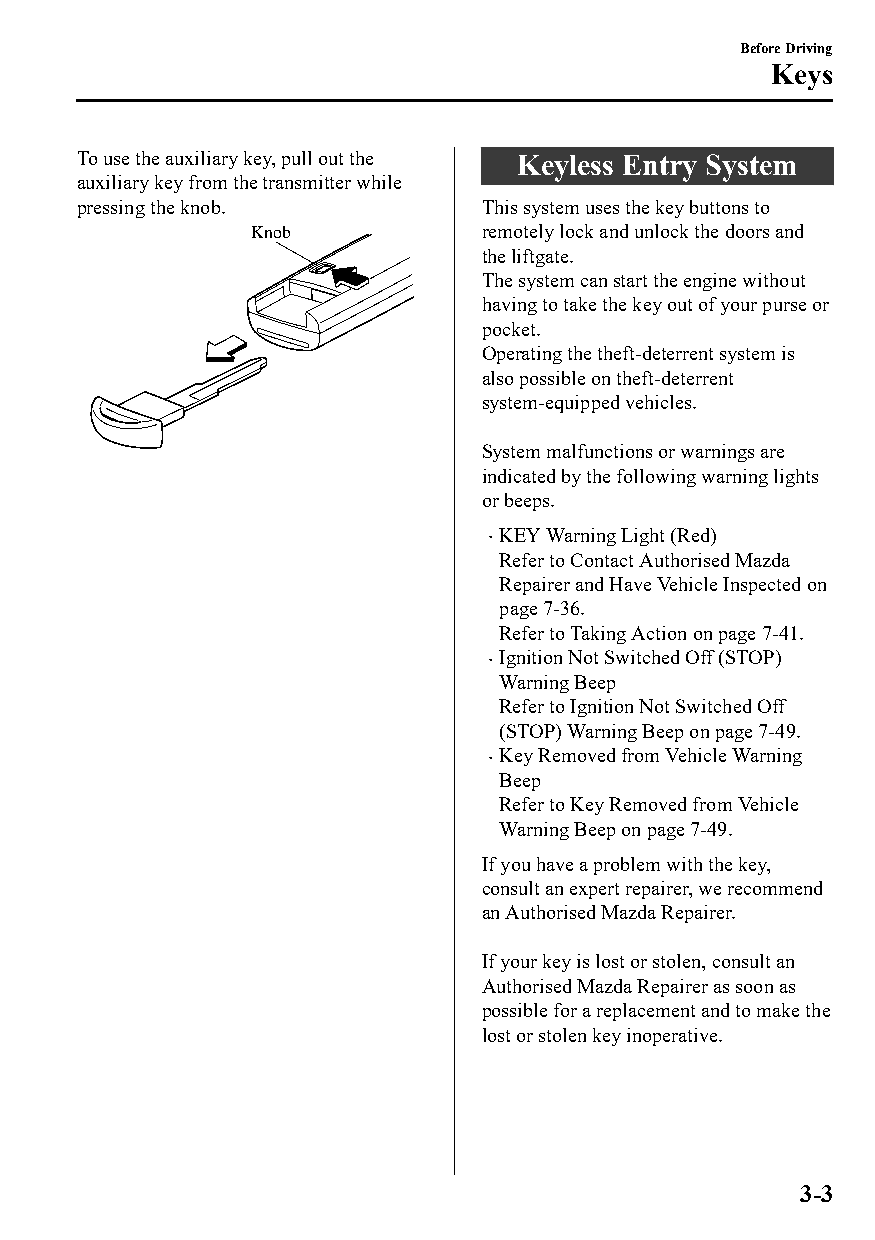
Before Driving
 Keys
 To use the auxiliary key, pull out the Keyless Entry System
 auxiliary key from the transmitter while
 pressing the knob.         This system uses the key buttons to
 Knob            remotely lock and unlock the doors and
 the liftgate.
 The system can start the engine without
 having to take the key out of your purse or
 pocket.
 Operating the theft-deterrent system is
 also possible on theft-deterrent
 system-equipped vehicles.
 System malfunctions or warnings are
 indicated by the following warning lights
 or beeps.
 KEY Warning Light (Red)
 
 Refer to Contact Authorised Mazda
 Repairer and Have Vehicle Inspected on
 page 7-36.
 Refer to Taking Action on page 7-41.
 Ignition Not Switched Off (STOP)
 
 Warning Beep
 Refer to Ignition Not Switched Off
 (STOP) Warning Beep on page 7-49.
 Key Removed from Vehicle Warning
 
 Beep
 Refer to Key Removed from Vehicle
 Warning Beep on page 7-49.
 If you have a problem with the key,
 consult an expert repairer, we recommend
 an Authorised Mazda Repairer.
 If your key is lost or stolen, consult an
 Authorised Mazda Repairer as soon as
 possible for a replacement and to make the
 lost or stolen key inoperative.
 3-3
 CX-3_8GT4-EE-18D_Edition4                  2018-9-6 18:32:19